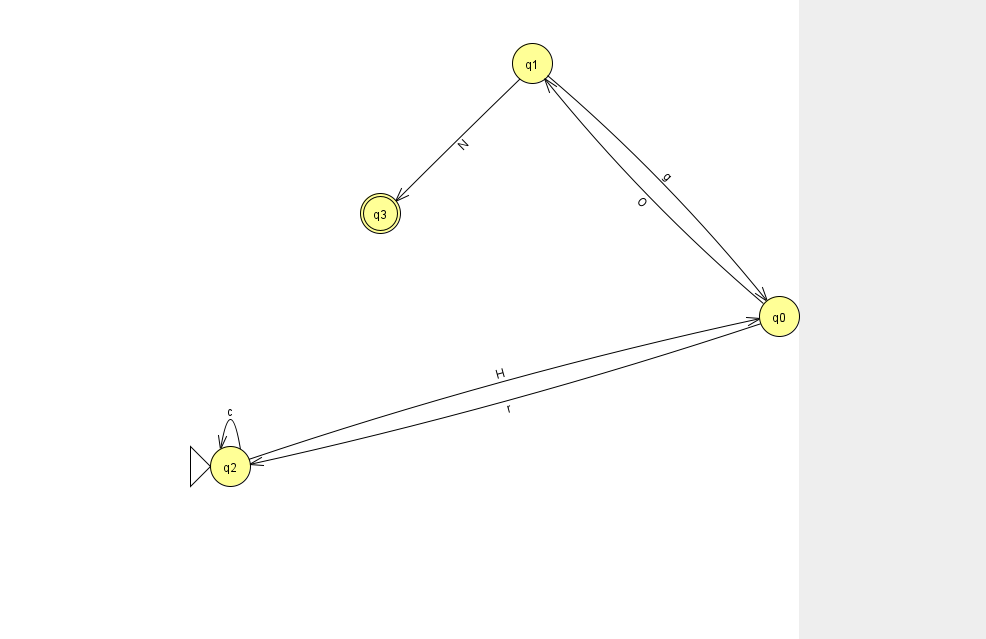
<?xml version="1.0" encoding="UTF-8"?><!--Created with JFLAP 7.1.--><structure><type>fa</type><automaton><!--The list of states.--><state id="0" name="q0"><x>779.0</x><y>303.0</y></state><state id="1" name="q1"><x>532.0</x><y>50.0</y></state><state id="2" name="q2"><x>230.0</x><y>453.0</y><initial/></state><state id="3" name="q3"><x>380.0</x><y>200.0</y><final/></state><!--The list of transitions.--><transition><from>0</from><to>2</to><read>r</read></transition><transition><from>0</from><to>1</to><read>O</read></transition><transition><from>2</from><to>2</to><read>c</read></transition><transition><from>1</from><to>0</to><read>g</read></transition><transition><from>2</from><to>0</to><read>H</read></transition><transition><from>1</from><to>3</to><read>N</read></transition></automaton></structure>